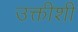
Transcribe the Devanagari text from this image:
उक्तीशी